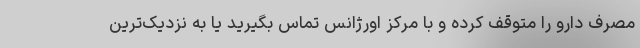
مصرف دارو را متوقف کرده و با مرکز اورژانس تماس بگیرید یا به نزدیک‌ترین